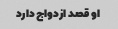
او قصد ازدواج دارد